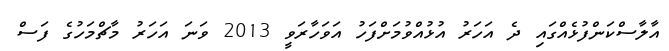
އާލާސްކަންފުޅެއްގައި ދެ އަހަރު އުޅުއްވުމަށްފަހު އަވަހާރަވީ 2013 ވަނަ އަހަރު މާޗްމަހުގެ ފަސް